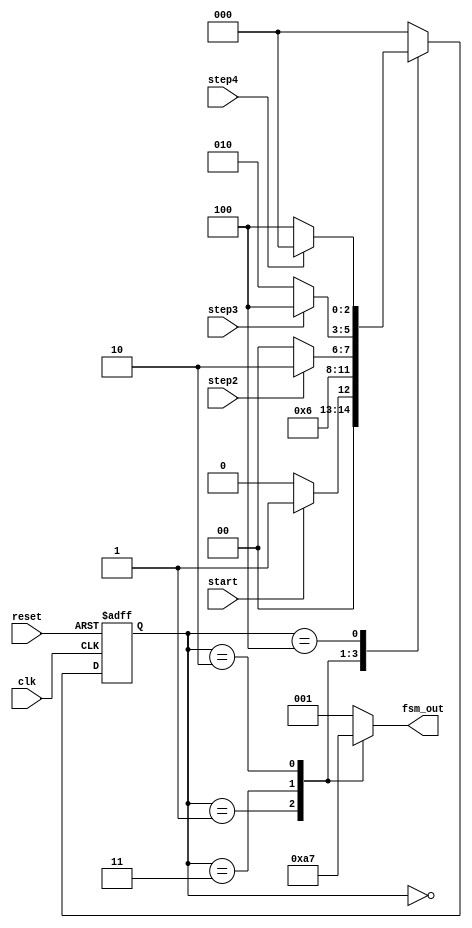
module FSM(
input clk,
input reset,
input start,
input step2,
input step3,
input step4,
output reg[2:0] fsm_out
);
localparam fsm_width=3;
localparam state0=3'b000;
localparam state1=3'b001;
localparam state2=3'b011;
localparam state3=3'b010;
localparam state4=3'b100;
//
reg[fsm_width-1:0] state;
reg[fsm_width-1:0] next_state;
always@(posedge clk or negedge reset)
 if(!reset)
   state <= state0;
 else
   state <= next_state;

//
always@( * )
begin
  case(state)
    state0: begin
    if(start)
      next_state <=state1;
    else
      next_state <=state0;
    end
    state1: begin
      next_state <= state2;
    end
    state2: begin
    if(step2)
      next_state <=state3;
    else
      next_state <=state0;
    end
    state3: begin
    if(step3)
      next_state <=state4;
    else
      next_state <=state3;
    end

    state4: begin
    if(step4)
      next_state <=state0;
    else
      next_state <=state4;
    end

    default:  next_state <=state0;//
  endcase
end

always @(state) //FSM
  case(state)
    state0: fsm_out=3'b001;
    state1: fsm_out=3'b010;
    state2: fsm_out=3'b100;
    state3: fsm_out=3'b111;
    default:fsm_out=3'b001; // default
  endcase

endmodule